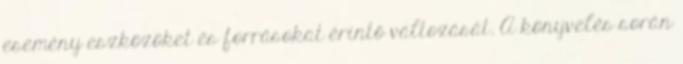
esemény eszközöket és forrásokat érintő változását. A könyvelés során